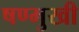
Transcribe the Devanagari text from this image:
षण्मुखी